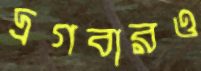
দ্রগবারও